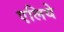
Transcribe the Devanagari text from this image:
एलिये